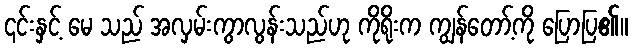
၎င်းနှင့် မေ သည် အလှမ်းကွာလွန်းသည်ဟု ကိုရိုးက ကျွန်တော့်ကို ပြောပြ၏။